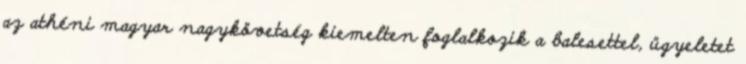
az athéni magyar nagykövetség kiemelten foglalkozik a balesettel, ügyeletet